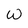
Character: W